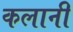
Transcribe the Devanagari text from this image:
कलानी